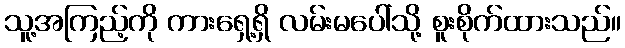
သူ့အကြည့်ကို ကားရှေ့ရှိ လမ်းမပေါ်သို့ စူးစိုက်ထားသည်။